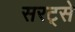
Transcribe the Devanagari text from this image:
सरट्से